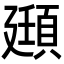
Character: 頲